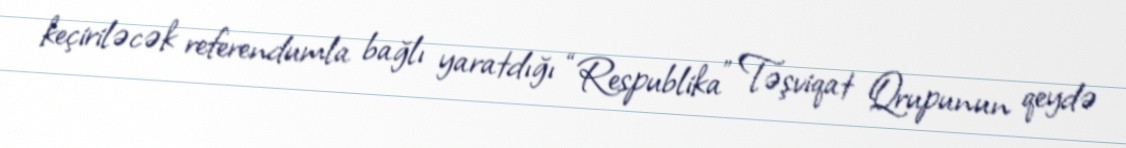
keçiriləcək referendumla bağlı yaratdığı “Respublika” Təşviqat Qrupunun qeydə